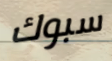
سبوك